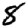
Digit: 8